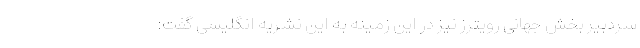
سردبیر بخش جهانی رویترز نیز در این زمینه به این نشریه انگلیسی گفت: